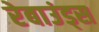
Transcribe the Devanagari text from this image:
रेबाउंड्स